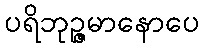
ပရိဘုဉ္ဇမာနောပေ